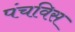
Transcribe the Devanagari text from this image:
पंचविस